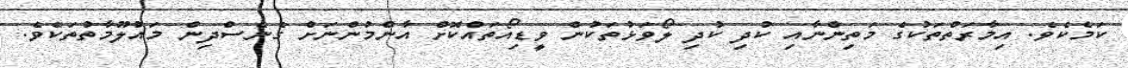
ކަމެކެވެ. އިމާރަތްތަކުގެ މަތިންނާއި ކުދި ކުދި ލޯވަޅުތަކުން ވީޑިއޯތައްކޮށް އާންމުންނަށް ގެނެސްދިން މައުލޫމާތުތަކެވެ.